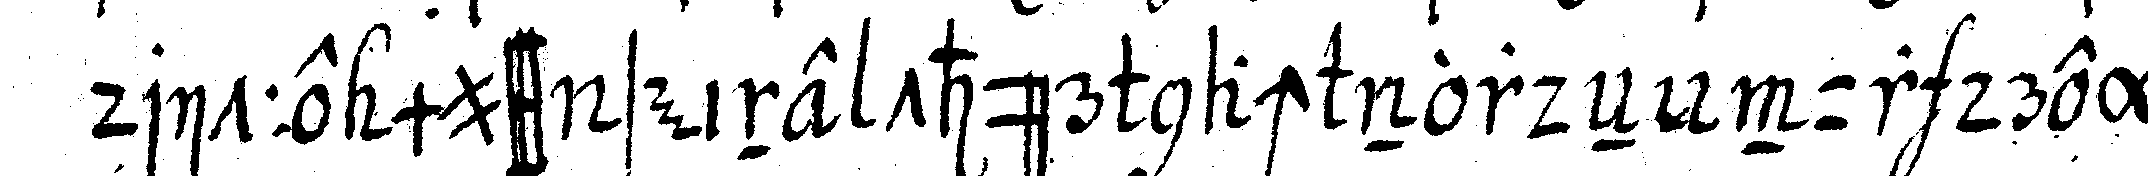
dritte muss seine thür nach nordeN nur drey